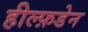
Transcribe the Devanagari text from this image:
हील्फ़डेन